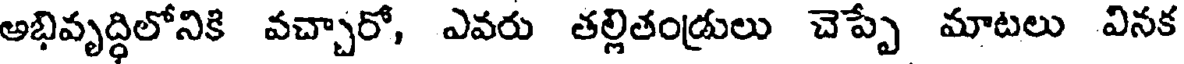
అభివృద్ధిలోనికి వచ్చారో, ఎవరు తల్లితండ్రులు చెప్పే మాటలు వినక